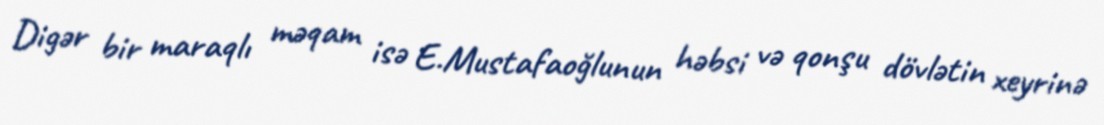
Digər bir maraqlı məqam isə E.Mustafaoğlunun həbsi və qonşu dövlətin xeyrinə